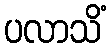
ပလာသိံ